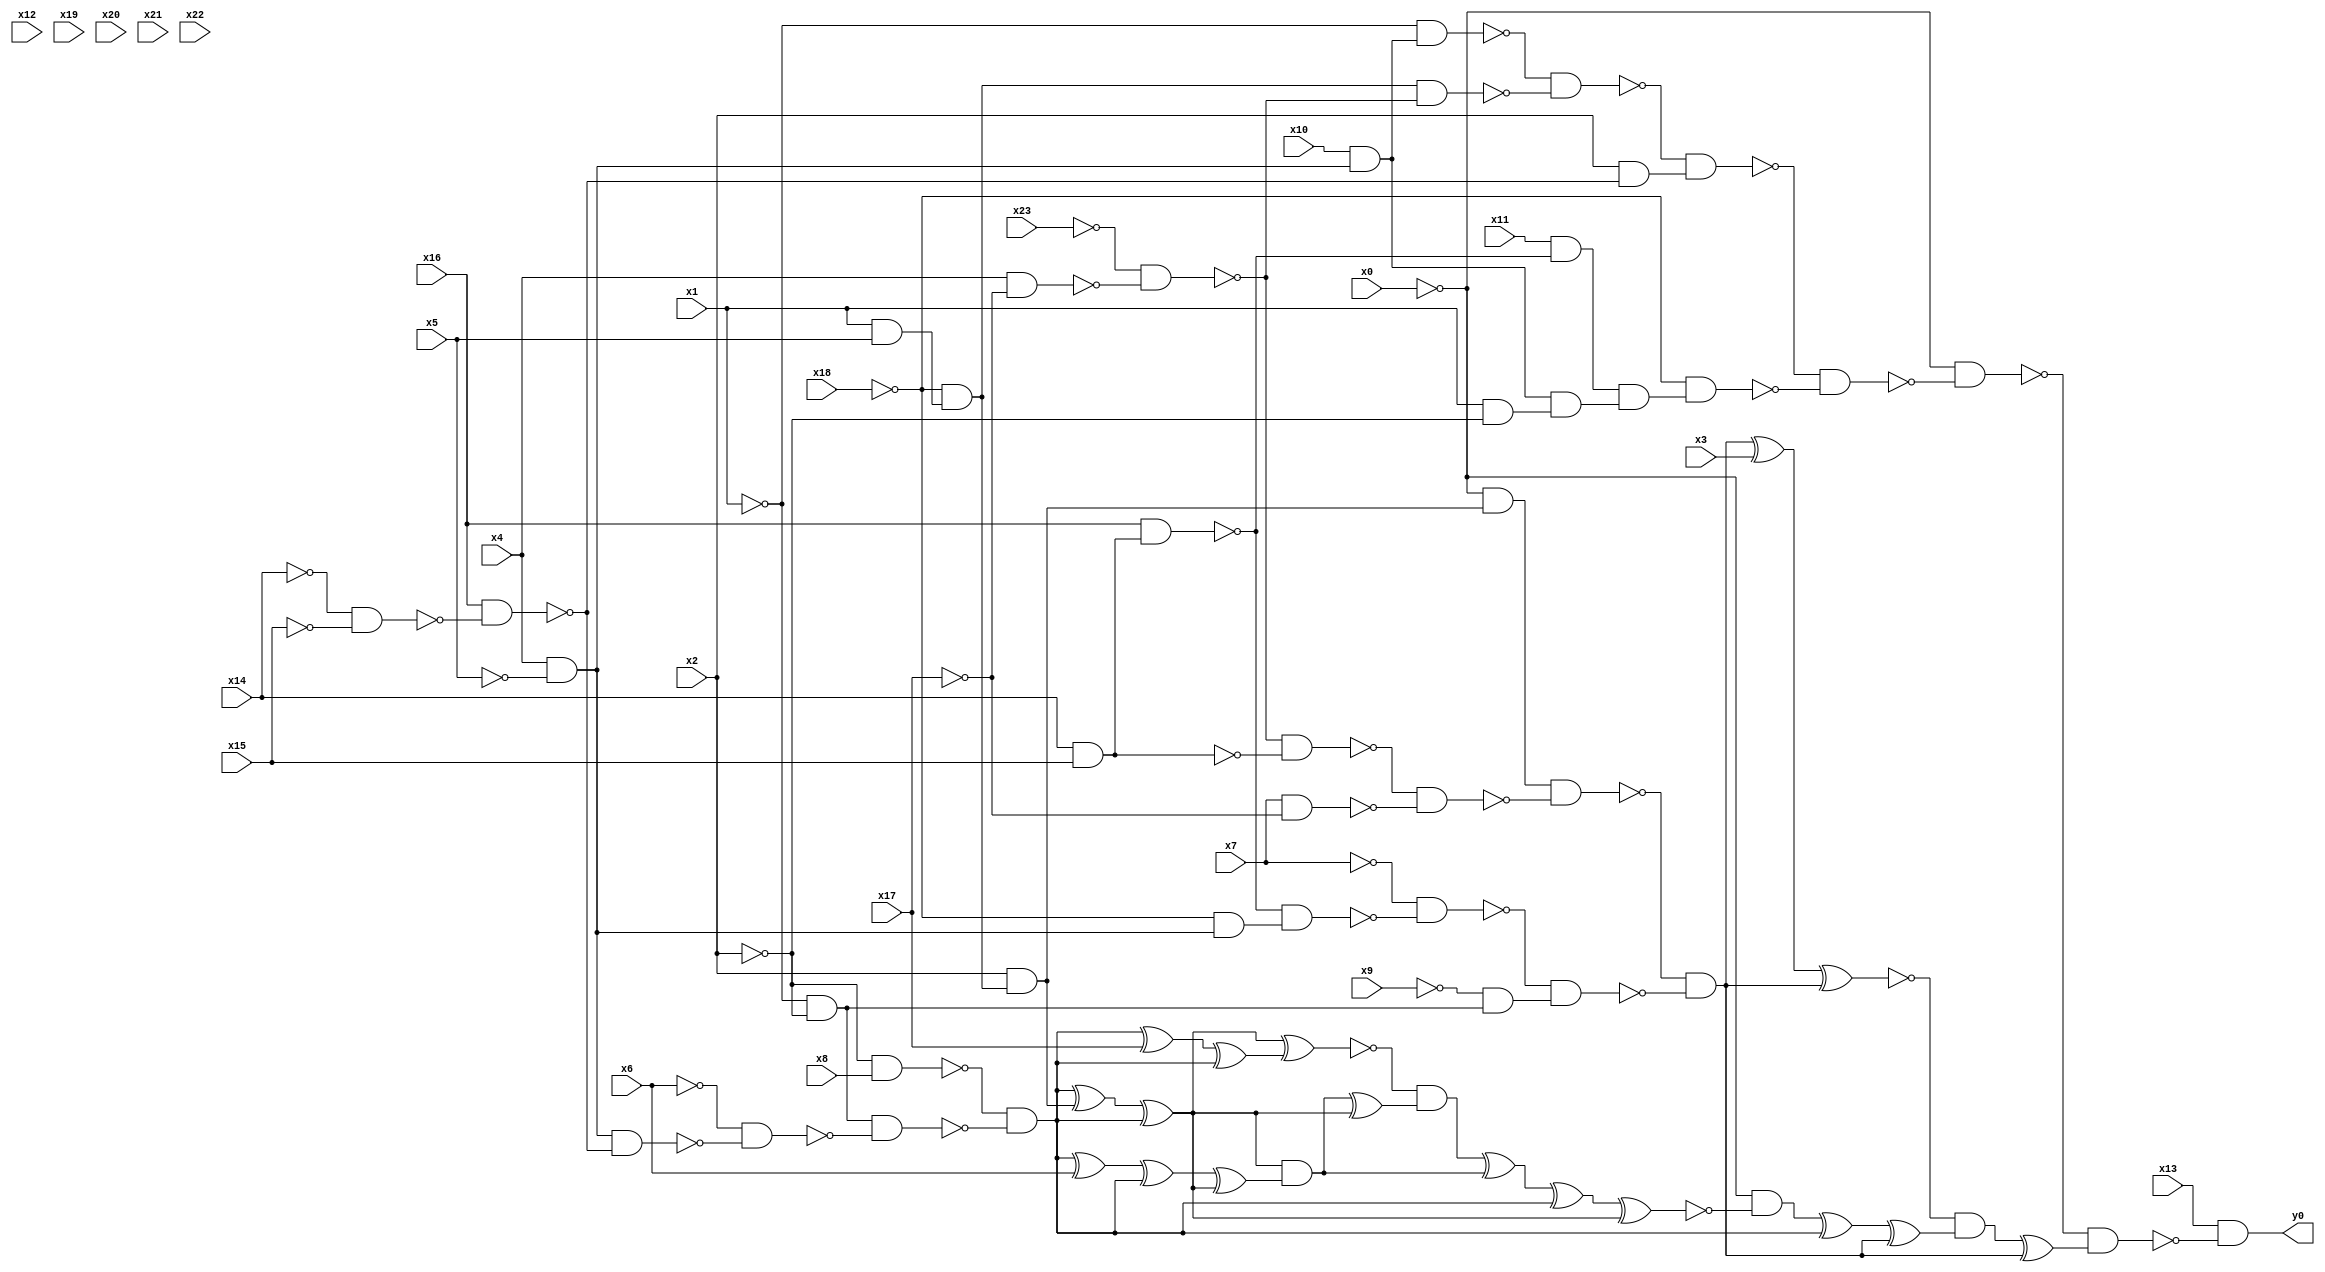
module top( x0 , x1 , x2 , x3 , x4 , x5 , x6 , x7 , x8 , x9 , x10 , x11 , x12 , x13 , x14 , x15 , x16 , x17 , x18 , x19 , x20 , x21 , x22 , x23 , y0 );
  input x0 , x1 , x2 , x3 , x4 , x5 , x6 , x7 , x8 , x9 , x10 , x11 , x12 , x13 , x14 , x15 , x16 , x17 , x18 , x19 , x20 , x21 , x22 , x23 ;
  output y0 ;
  wire n25 , n26 , n27 , n28 , n29 , n30 , n31 , n32 , n33 , n34 , n35 , n36 , n37 , n38 , n39 , n40 , n41 , n42 , n43 , n44 , n45 , n46 , n47 , n48 , n49 , n50 , n51 , n52 , n53 , n54 , n55 , n56 , n57 , n58 , n59 , n60 , n61 , n62 , n63 , n64 , n65 , n66 , n67 , n68 , n69 , n70 , n71 , n72 , n73 , n74 , n75 , n76 , n77 , n78 , n79 , n80 , n81 , n82 , n83 , n84 , n85 , n86 , n87 ;
  assign n25 = x4 & ~x5 ;
  assign n26 = x10 & n25 ;
  assign n27 = ~x1 & n26 ;
  assign n28 = x1 & x5 ;
  assign n29 = ~x18 & n28 ;
  assign n30 = x4 & ~x17 ;
  assign n31 = ~x23 & ~n30 ;
  assign n32 = n29 & ~n31 ;
  assign n33 = ~n27 & ~n32 ;
  assign n34 = ~x14 & ~x15 ;
  assign n35 = x16 & ~n34 ;
  assign n36 = x2 & ~n35 ;
  assign n37 = ~n33 & n36 ;
  assign n38 = x14 & x15 ;
  assign n39 = x16 & n38 ;
  assign n40 = x11 & ~n39 ;
  assign n41 = x1 & ~x2 ;
  assign n42 = n26 & n41 ;
  assign n43 = n40 & n42 ;
  assign n44 = ~x18 & n43 ;
  assign n45 = ~n37 & ~n44 ;
  assign n46 = ~x0 & ~n45 ;
  assign n47 = x2 & n29 ;
  assign n48 = ~x0 & n47 ;
  assign n49 = ~n31 & ~n38 ;
  assign n50 = x7 & ~x17 ;
  assign n51 = ~n49 & ~n50 ;
  assign n52 = n48 & ~n51 ;
  assign n53 = ~x18 & n25 ;
  assign n54 = ~n39 & n53 ;
  assign n55 = ~x7 & ~n54 ;
  assign n56 = ~x1 & ~x2 ;
  assign n57 = ~x9 & n56 ;
  assign n58 = ~n55 & n57 ;
  assign n59 = ~n52 & ~n58 ;
  assign n60 = n59 ^ x3 ;
  assign n61 = n60 ^ n59 ;
  assign n62 = ~x2 & x8 ;
  assign n63 = n25 & ~n35 ;
  assign n64 = ~x6 & ~n63 ;
  assign n65 = n56 & ~n64 ;
  assign n66 = ~n62 & ~n65 ;
  assign n69 = n66 ^ n47 ;
  assign n70 = n69 ^ n66 ;
  assign n67 = n66 ^ x17 ;
  assign n68 = n67 ^ n66 ;
  assign n71 = n70 ^ n68 ;
  assign n72 = n66 ^ x6 ;
  assign n73 = n72 ^ n66 ;
  assign n74 = n73 ^ n70 ;
  assign n75 = n70 & n74 ;
  assign n76 = n75 ^ n70 ;
  assign n77 = ~n71 & n76 ;
  assign n78 = n77 ^ n75 ;
  assign n79 = n78 ^ n66 ;
  assign n80 = n79 ^ n70 ;
  assign n81 = ~x0 & ~n80 ;
  assign n82 = n81 ^ n66 ;
  assign n83 = n82 ^ n59 ;
  assign n84 = ~n61 & n83 ;
  assign n85 = n84 ^ n59 ;
  assign n86 = ~n46 & n85 ;
  assign n87 = x13 & ~n86 ;
  assign y0 = n87 ;
endmodule